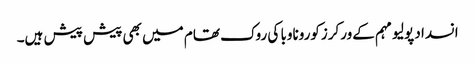
انسداد پولیو مہم کےورکرزکوروناوبا کی روک تھام میں بھی پیش پیش ہیں۔